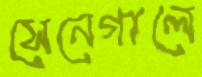
সেনেগালে